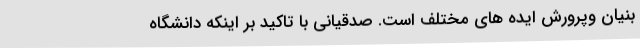
بنیان وپرورش ایده های مختلف است. صدقیانی با تاکید بر اینکه دانشگاه